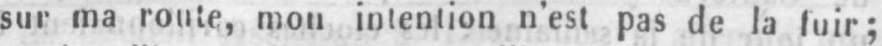
sur ma route, mou intention n’est pas de la fuir;